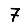
Digit: 7